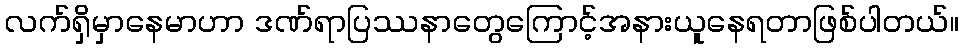
လက်ရှိမှာနေမာဟာ ဒဏ်ရာပြဿနာတွေကြောင့်အနားယူနေရတာဖြစ်ပါတယ်။